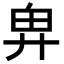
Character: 𢍉